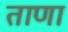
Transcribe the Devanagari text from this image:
ताणा